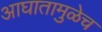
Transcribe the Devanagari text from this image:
आघातामुळेच